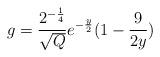
LaTeX: \begin{align*}g =\frac{2^{-\frac{1}{4}}}{\sqrt{Q}}e^{-\frac{y}{2}}(1-\frac{9}{2y})\end{align*}